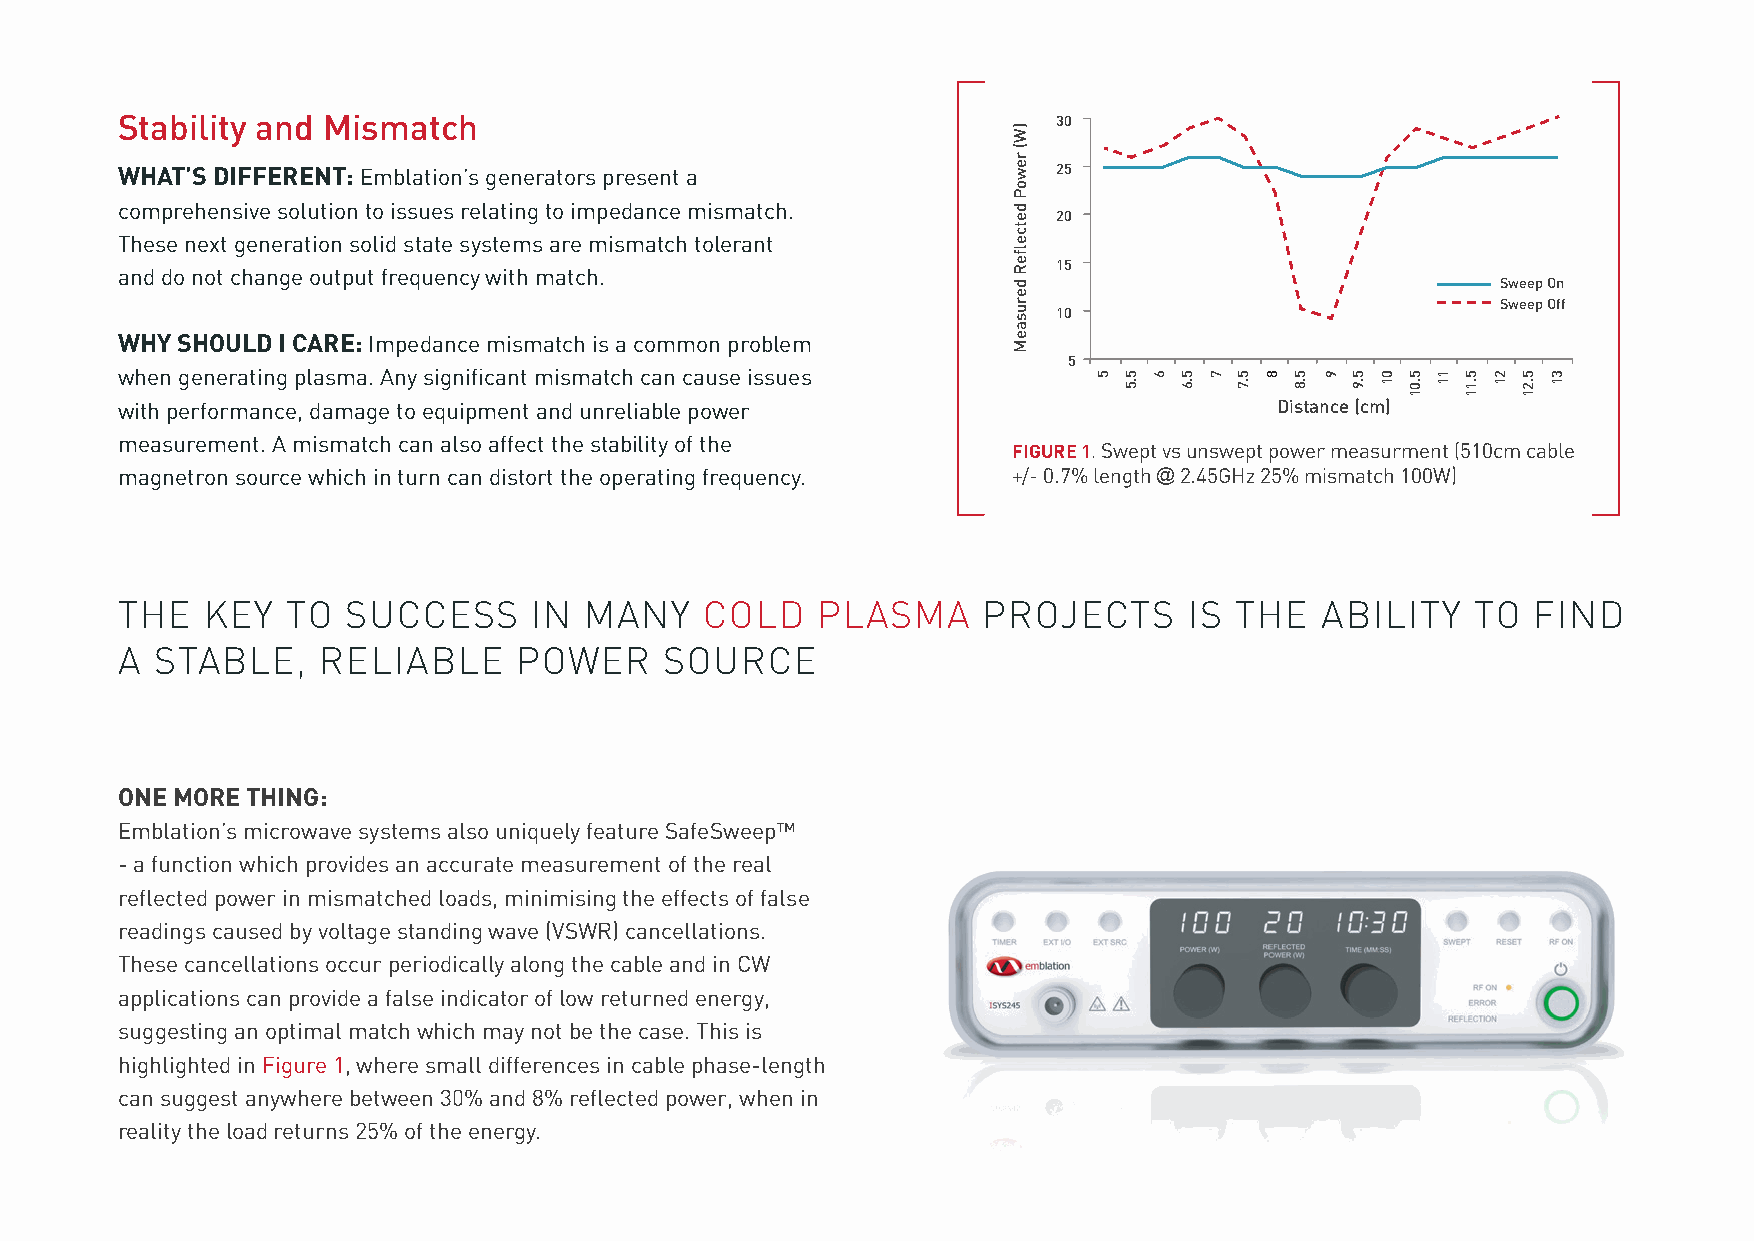
Stability and Mismatch                                        30
 WHAT’S DIFFERENT: Emblation’s generators present a            25
 comprehensive solution to issues relating to impedance mismatch. 20
 These next generation solid state systems are mismatch tolerant
 15
 and do not change output frequency with match.
 Sweep On
 Sweep Off
 10
 WHY SHOULD I CARE: Impedance mismatch is a common problem
 5
 when generating plasma. Any significant mismatch can cause issues
 with performance, damage to equipment and unreliable power                   Distance (cm)
 measurement. A mismatch can also affect the stability of the
 FIGURE 1. Swept vs unswept power measurment (510cm cable
 magnetron source which in turn can distort the operating frequency. +/- 0.7% length @ 2.45GHz 25% mismatch 100W)
 THE   KEY  TO  SUCCESS     IN  MANY    COLD   PLASMA     PROJECTS      IS THE  ABILITY    TO  FIND
 A STABLE,    RELIABLE     POWER     SOURCE
 ONE MORE THING:
 Emblation’s microwave systems also uniquely feature SafeSweep™
 - a function which provides an accurate measurement of the real
 reflected power in mismatched loads, minimising the effects of false
 readings caused by voltage standing wave (VSWR) cancellations.
 These cancellations occur periodically along the cable and in CW
 applications can provide a false indicator of low returned energy,
 suggesting an optimal match which may not be the case. This is
 highlighted in Figure 1, where small differences in cable phase-length
 can suggest anywhere between 30% and 8% reflected power, when in
 reality the load returns 25% of the energy.
 )W(
 rewoP
 detcefleR
 derusaeM
 5 5.5 6 5.6 7 5.7 8 5.8 9 5.9 01 5.01 11 5.11 21 5.21 31